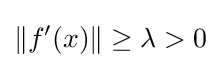
\Vert f'(x)\Vert \geq \lambda >0